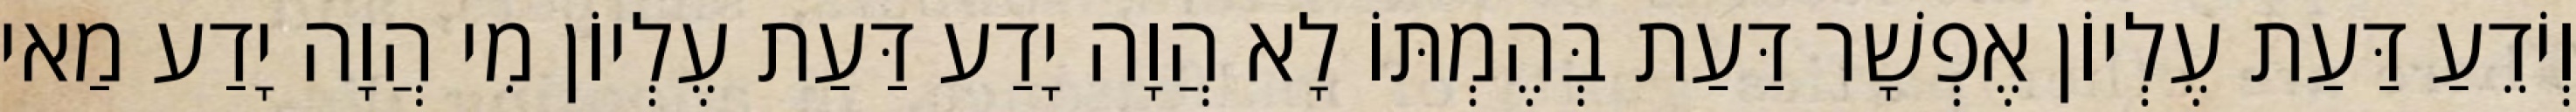
וְיֹדֵעַ דַּעַת עֶלְיוֹן אֶפְשָׁר דַּעַת בְּהֶמְתּוֹ לָא הֲוָה יָדַע דַּעַת עֶלְיוֹן מִי הֲוָה יָדַע מַאי